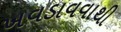
ખવડાવવાથી